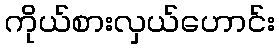
ကိုယ်စားလှယ်ဟောင်း